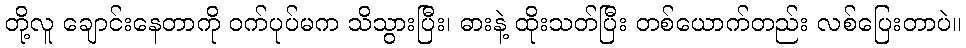
တို့လူ ချောင်းနေတာကို ဝက်ပုပ်မက သိသွားပြီး၊ ဓားနဲ့ ထိုးသတ်ပြီး တစ်ယောက်တည်း လစ်ပြေးတာပဲ။